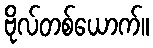
ဗိုလ်တစ်ယောက်။